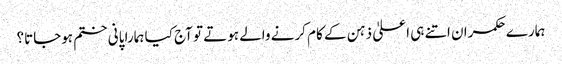
ہمارے حکمران اتنے ہی اعلیٰ ذہن کے کام کرنے والے ہوتے تو آج کیا ہمارا پانی ختم ہوجاتا؟